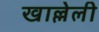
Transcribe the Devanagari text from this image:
खाल्लेली